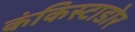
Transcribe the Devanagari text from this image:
कंकिस्टाडोर